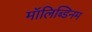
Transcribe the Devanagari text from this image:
मॉलिब्डिनम